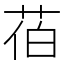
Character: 𦯉